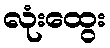
လုံးထွေး